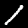
Label: 1